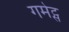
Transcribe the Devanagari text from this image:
गमेट्स